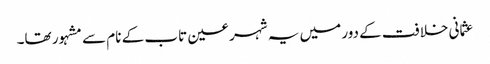
عثمانی خلافت کے دور میں یہ شہر عین تاب کے نام سے مشہور تھا۔